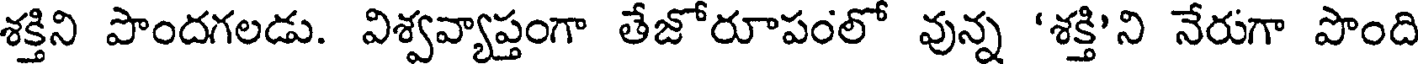
శక్తిని పొందగలడు. విశ్వవ్యాప్తంగా తేజోరూపంలో వున్న 'శక్తి'ని నేరుగా పొంది